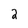
Character: 2